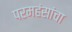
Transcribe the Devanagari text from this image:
परमहंसांचा